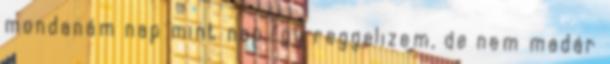
mondanám nap mint nap így reggelizem, de nem madár